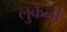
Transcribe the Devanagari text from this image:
लुकेनी